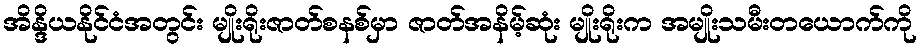
အိန္ဒိယနိုင်ငံအတွင်း မျိုးရိုးဇာတ်စနစ်မှာ ဇာတ်အနိမ့်ဆုံး မျိုးရိုးက အမျိုးသမီးတယောက်ကို